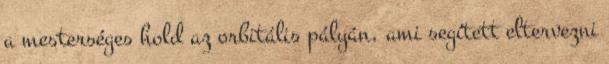
a mesterséges hold az orbitális pályán, ami segített eltervezni